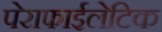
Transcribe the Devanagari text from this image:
पेराफाईलेटिक